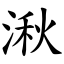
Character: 湫